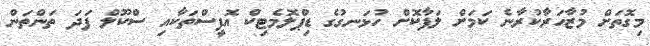
މިގޮތަށް މުޒާހަރާކުރާނެ ކަމަށް ލަފާކޮށް ހުޅަނގުގެ ޑިޕްލޮމެޓިކް އޮފީސްތަކާއި ސްކޫލް ފަދަ ތަންތަން